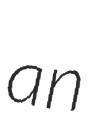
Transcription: an